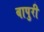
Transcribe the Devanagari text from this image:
बापुरी